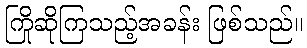
ကြိုဆိုကြသည့်အခန်း ဖြစ်သည်။